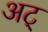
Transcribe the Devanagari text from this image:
अट्